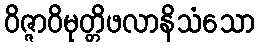
ဝိဇ္ဇာဝိမုတ္တိဖလာနိသံသော